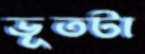
ভূতটা